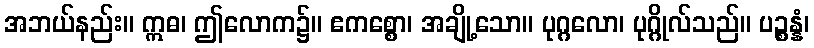
အဘယ်နည်း။ ဣဓ၊ ဤလောက၌။ ဧကစ္စော၊ အချို့သော။ ပုဂ္ဂလော၊ ပုဂ္ဂိုလ်သည်။ ပဉ္စန္နံ၊